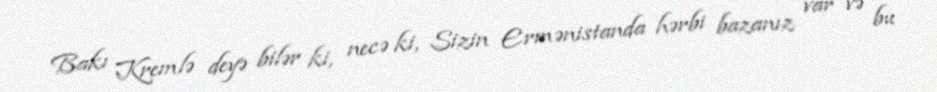
Bakı Kremlə deyə bilər ki, necə ki, Sizin Ermənistanda hərbi bazanız var və bu